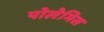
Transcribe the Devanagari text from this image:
पोलेमिस